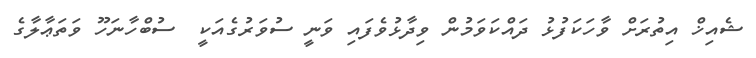
ޝެއިޚް އިތުރަށް ވާހަކަފުޅު ދައްކަވަމުން ވިދާޅުވެފައި ވަނީ ސުވަރުގެއަކީ  ސުބްހާނަހޫ ވަތަޢާލާގެ